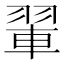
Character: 𫅨